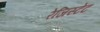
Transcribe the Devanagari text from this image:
रेजिस्टेंट